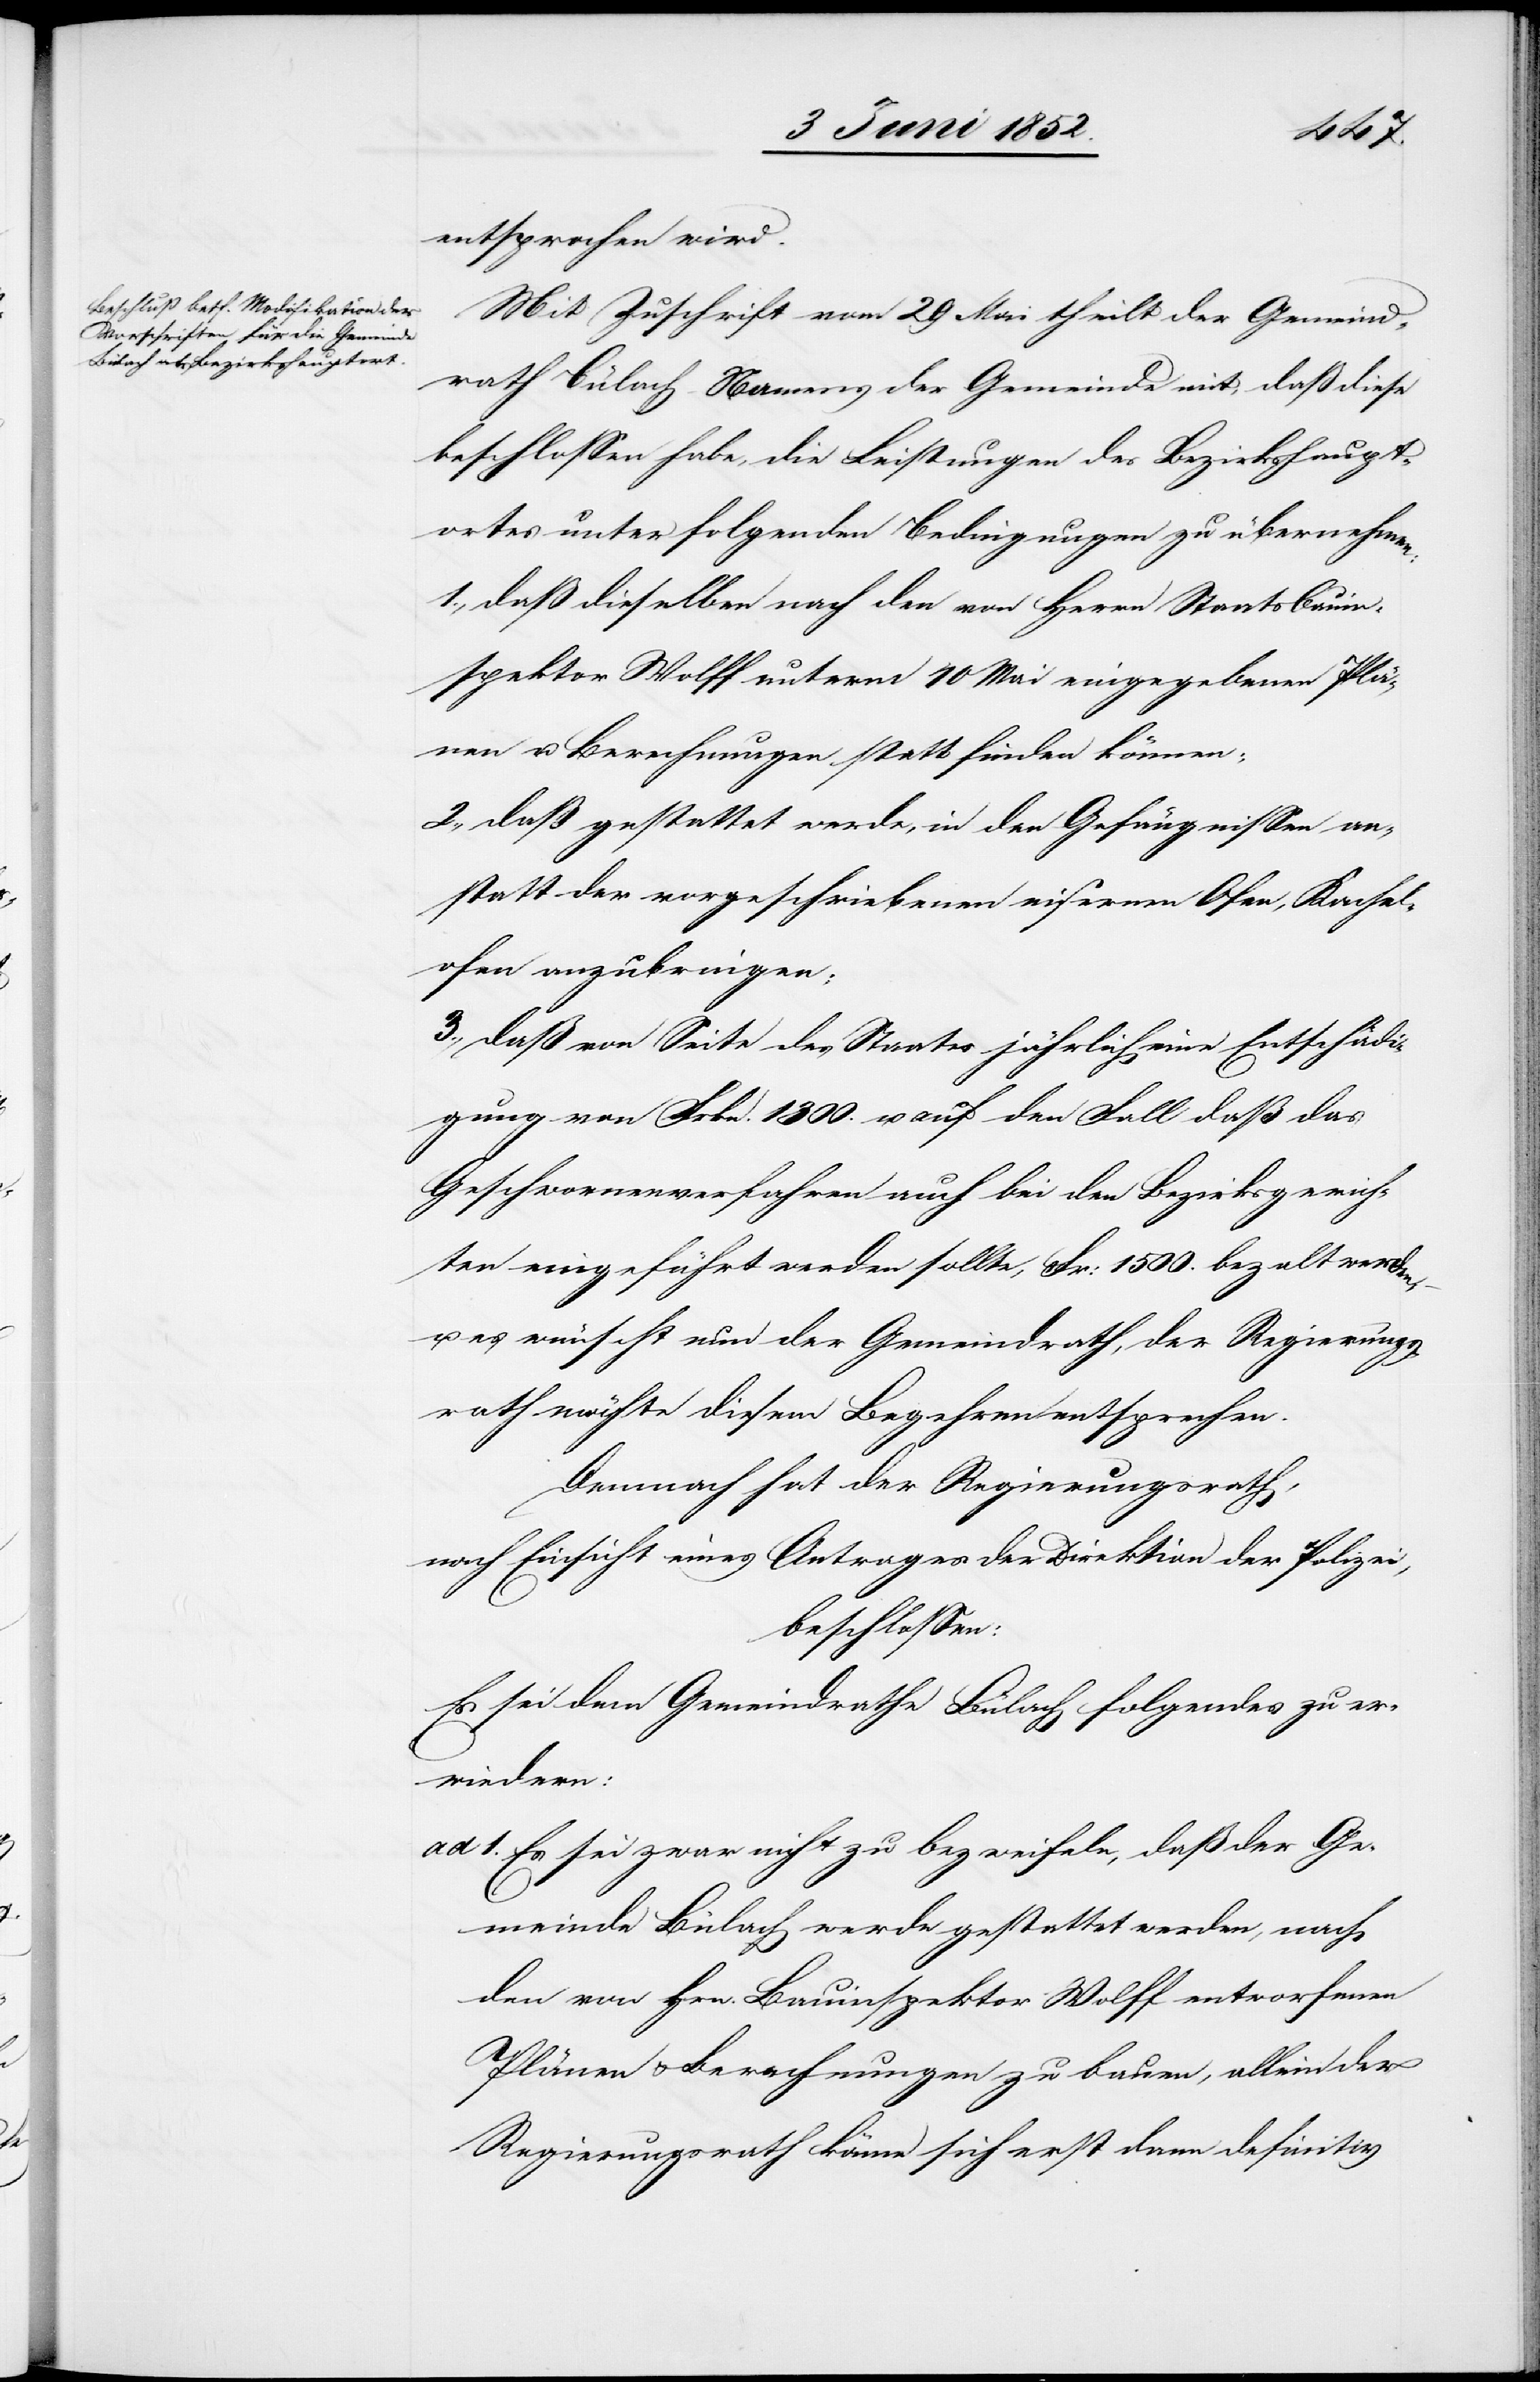
1.

entsprochen wird.
Mit Zuschrift vom 29 Mai theilt der Gemeind¬
rath Bülach Namens der Gemeinde mit, daß diese
beschlossen habe, die Leistungen des Bezirkshaupt¬
ortes unter folgenden Bedingungen zu übernehmen:
1., daß dieselben nach den von Herrn Staatsbauin¬
spektor Wolff unterm 10 Mai eingegebenen Plä¬
nen u. Berechnungen statt finden können;
2., daß gestattet werde, in den Gefängnissen an¬
statt der vorgeschriebenen eisernen Ofen, Kachel¬
ofen anzubringen;
3., daß von Seite des Staates jährlich eine Entschädi¬
gung von Frkn. 1300. u. auf den Fall daß das
Geschwornenverfahren auch bei den Bezirksgerich¬
ten eingeführt werden sollte, Fr: 1500. beza[h]lt werden,
es wünscht nun der Gemeindrath, der Regierungs¬
rath möchte diesem Begehren entsprechen.
Demnach hat der Regierungsrath,
nach Einsicht eines Antrages der Direktion der Polizei,
beschlossen:
Es sei dem Gemeindrathe Bülach folgendes zu er¬
wiedern:
Es sei zwar nicht zu bezweifeln, daß der Ge¬
meinde Bülach werde gestattet werden, nach
den von Hrn. Bauinspektor Wolff entworfenen
Plänen & Berechnungen zu bauen, allein der
Regierungsrath könne sich erst dann definitiv